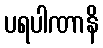
ပရပါဏာနိ